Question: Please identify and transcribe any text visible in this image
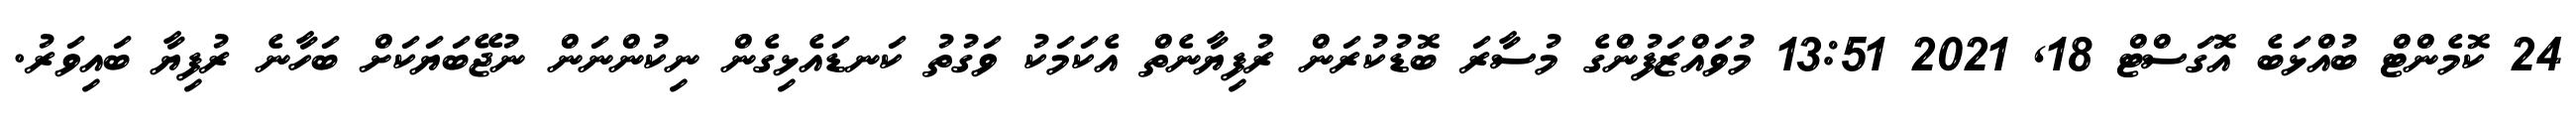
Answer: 24 ކޮމެންޓް ބުއްޅަބެ އޮގަސްޓް 18, 2021 13:51 މުވައްޒަފުންގެ މުސާރަ ބޮޑުކުރަން ރުފިޔާނެތް އެކަމަކު ވަގުތު ކަނޑައެޅިގެން ނިކުންނަން ނުޖޭބަޔަކަށް ބަހާނެ ރުފިޔާ ބައިވަރު.